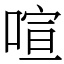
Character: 喧